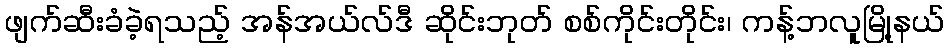
ဖျက်ဆီးခံခဲ့ရသည့် အန်အယ်လ်ဒီ ဆိုင်းဘုတ် စစ်ကိုင်းတိုင်း၊ ကန့်ဘလူမြို့နယ်